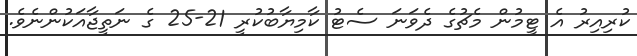
ކުރިއިރު އެ ޓީމުން މެޗުގެ ދެވަނަ ސެޓު ކާމިޔާބުކުރީ 21-25 ގެ ނަތީޖާއަކުންނެވެ.